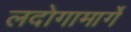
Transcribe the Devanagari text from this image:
लदोगामार्गे